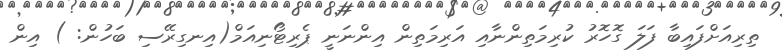
ތިރިއަށްފައިބާ ފަލަ ގޮހޮރު ކުރިމަތިންނާއި އަރިމަތިން އިންނަނީ ޕެރިޓޯނިއަމް(އިނގިރޭސި ބަހުން: ) އިން